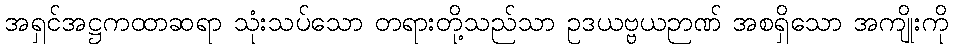
အရှင်အဋ္ဌကထာဆရာ သုံးသပ်သော တရားတို့သည်သာ ဥဒယဗ္ဗယဉာဏ် အစရှိသော အကျိုးကို